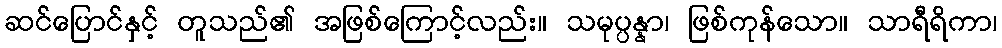
ဆင်ပြောင်နှင့် တူသည်၏ အဖြစ်ကြောင့်လည်း။ သမုပ္ပန္နာ၊ ဖြစ်ကုန်သော။ သာရီရိကာ၊